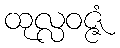
ထုလ္လဝဇ္ဇံ